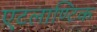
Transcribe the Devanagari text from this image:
एटलाण्टिक